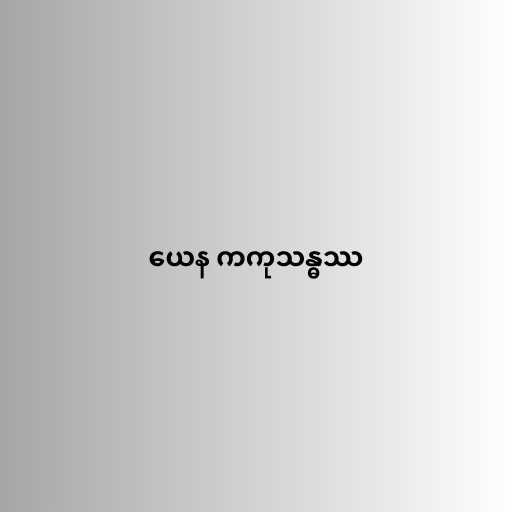
ယေန ကကုသန္ဓဿ